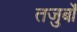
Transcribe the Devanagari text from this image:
तजुर्बों